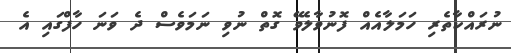
ނުރައްކާތެރި ހަމަލާއެއް ފޮނުވާލެވޭ ގޮތް ނުވި ނަމަވެސް ދެ ވަނަ ހާފްގައި އެ